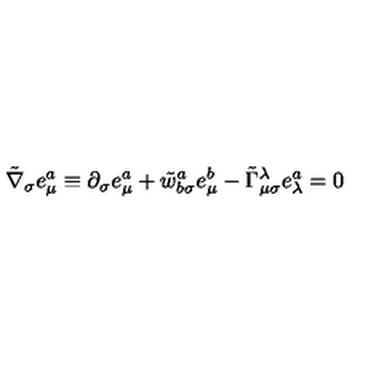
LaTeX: \tilde { \nabla } _ { \sigma } e _ { \mu } ^ { a } \equiv \partial _ { \sigma } e _ { \mu } ^ { a } + \tilde { w } _ { b \sigma } ^ { a } e _ { \mu } ^ { b } - \tilde { \Gamma } _ { \mu \sigma } ^ { \lambda } e _ { \lambda } ^ { a } = 0